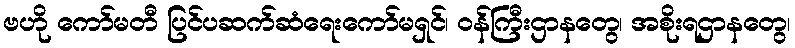
ဗဟို ကော်မတီ ပြင်ပဆက်ဆံရေးကော်မရှင်၊ ဝန်ကြီးဌာနတွေ၊ အစိုးရဌာနတွေ၊